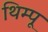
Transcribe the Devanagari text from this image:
थिम्पू